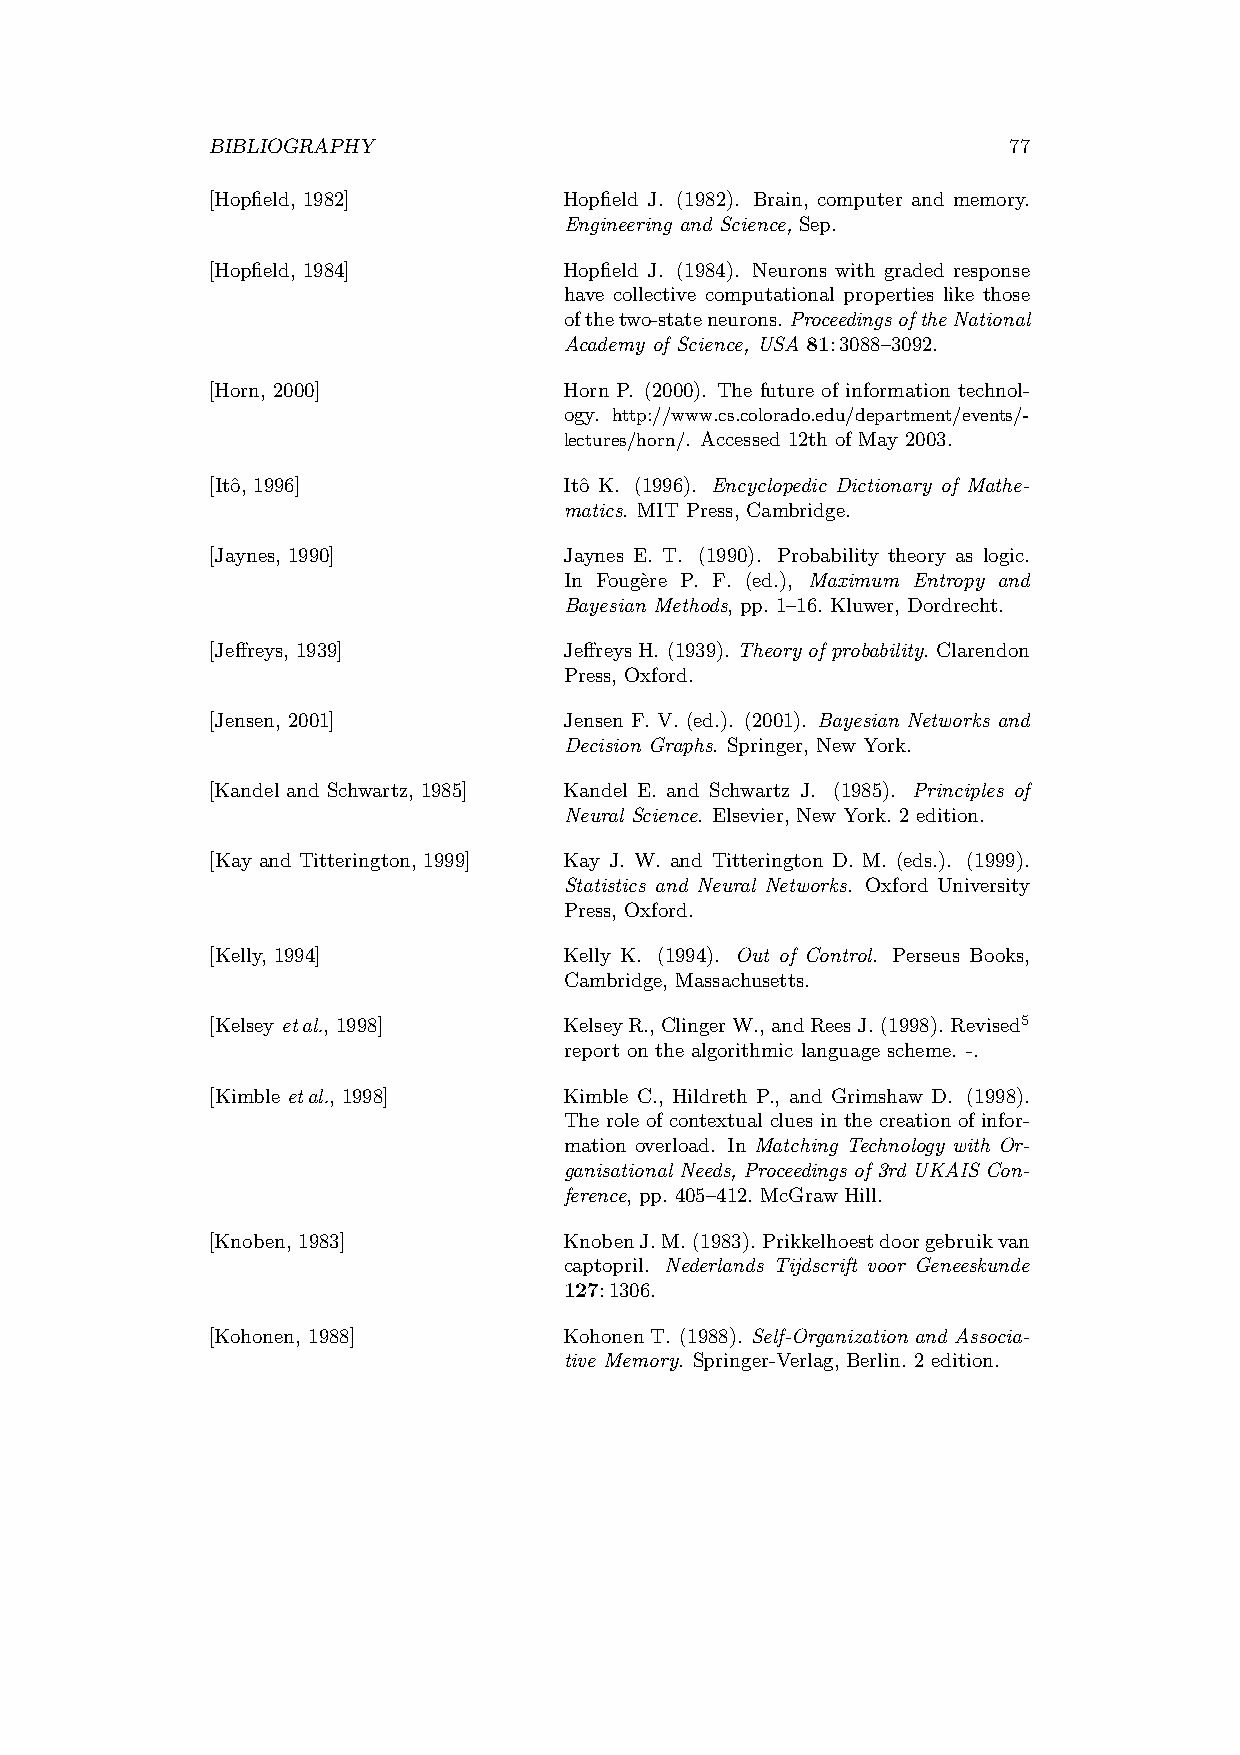
BIBLIOGRAPHY                                         77
 [Hopfield, 1982]       Hopfield J. (1982). Brain, computer and memory.
 Engineering and Science, Sep.
 [Hopfield, 1984]       Hopfield J. (1984). Neurons with graded response
 have collective computational properties like those
 ofthetwo-stateneurons.ProceedingsoftheNational
 Academy of Science, USA 81:3088–3092.
 [Horn, 2000]           Horn P. (2000). The future of information technol-
 ogy. http://www.cs.colorado.edu/department/events/-
 lectures/horn/. Accessed 12th of May 2003.
 [Itoˆ, 1996]           Itoˆ K. (1996). Encyclopedic Dictionary of Mathe-
 matics. MIT Press, Cambridge.
 [Jaynes, 1990]         Jaynes E. T. (1990). Probability theory as logic.
 In Foug`ere P. F. (ed.), Maximum Entropy and
 Bayesian Methods, pp. 1–16. Kluwer, Dordrecht.
 [Jeffreys, 1939]       JeffreysH. (1939). Theory of probability. Clarendon
 Press, Oxford.
 [Jensen, 2001]         Jensen F. V. (ed.). (2001). Bayesian Networks and
 Decision Graphs. Springer, New York.
 [Kandel and Schwartz, 1985] Kandel E. and Schwartz J. (1985). Principles of
 Neural Science. Elsevier, New York. 2 edition.
 [Kay and Titterington, 1999] Kay J. W. and Titterington D. M. (eds.). (1999).
 Statistics and Neural Networks. Oxford University
 Press, Oxford.
 [Kelly, 1994]          Kelly K. (1994). Out of Control. Perseus Books,
 Cambridge, Massachusetts.
 [Kelsey etal., 1998]   KelseyR.,ClingerW.,andReesJ. (1998). Revised5
 report on the algorithmic language scheme. -.
 [Kimble etal., 1998]   Kimble C., Hildreth P., and Grimshaw D. (1998).
 The role of contextual clues in the creation of infor-
 mation overload. In Matching Technology with Or-
 ganisational Needs, Proceedings of 3rd UKAIS Con-
 ference, pp. 405–412. McGraw Hill.
 [Knoben, 1983]         KnobenJ.M. (1983). Prikkelhoestdoorgebruikvan
 captopril. Nederlands Tijdscrift voor Geneeskunde
 127:1306.
 [Kohonen, 1988]        Kohonen T. (1988). Self-Organization and Associa-
 tive Memory. Springer-Verlag, Berlin. 2 edition.